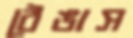
ঠেঙাস